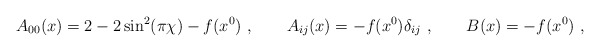
\begin{align*}A_{00}(x)=2-2\sin^2(\pi\chi)-f(x^0)\ ,\qquad A_{ij}(x)=-f(x^0)\delta_{ij}\ ,\qquad B(x)=-f(x^0)\ ,\end{align*}